Vaccination report Assam 1896-1927 - 1896-1927
Year: 1896
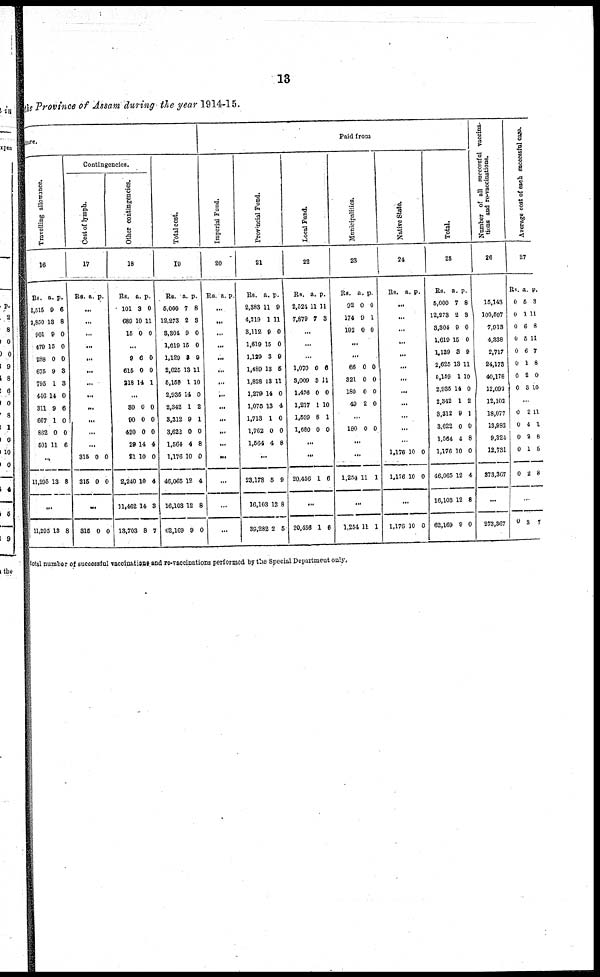
13
the Province of Assam during the year 1914-15.
diture
Travelling allowance.
16
Rs.
2,515
1,850
901
479
288
675
795
446
311
667
862
501
a.
9
13
9
15
0
9
1
14
9
1
0
11
p.
6
8
0
0
0
3
3
0
6
0
0
6
...
11,295 13 8
...
11,295 18 8
Contingencies.
Cost of lymph.
17
Rs. a. p.
...
...
...
...
...
...
...
...
...
...
...
...
315
315
0
0
0
0
...
315 0 0
Other contingencies.
18
RS.
101
689
15
a.
3
10
0
p.
0
11
0
...
9
615
218
6
0
14
0
0
1
...
30
90
420
29
21
2,240
11,462
13,703
0
0
0
14
10
10
14
8
0
0
0
4
0
4
3
7
Total cost.
19
Rs.
5,000
12,273
3,304
1,619
1,129
2,625
5,159
2,935
2,342
3,312
3,622
1,564
1,176
46,065
16,103
62,169
a.
7
2
9
15
3
13
1
14
1
9
0
4
10
12
12
9
p.
8
3
0
0
9
11
10
0
2
1
0
8
0
4
8
0
Paid from
Imperial Fund.
20
Rs. a. p.
...
...
...
...
...
...
...
...
...
...
...
...
...
...
...
...
Provincial Fund.
21
Rs.
2,383
4,219
3,112
1,619
1,129
1,489
1,828
1,279
1,075
1,713
1,762
1,564
a.
11
1
9
15
3
13
13
14
13
1
0
4
p.
9
11
0
0
9
5
11
0
4
0
0
8
...
23,178
16,103
39,282
5
12
2
9
8
5
Local Fund.
22
Rs.
2,524
7,879
a.
11
7
p.
11
3
...
...
...
1,070
3,009
1,476
1,217
1,599
1,680
0
3
0
1
8
0
6
11
0
10
1
0
...
...
20,456 1 6
...
20,456 1 6
Municipalities.
23
Rs.
92
174
192
a.
0
0
0
p.
0
1
0
...
...
66
321
180
49
0
0
0
2
0
0
0
0
...
180 0 0
...
...
1,254 11 1
...
1,254 11 1
Native State.
24
Rs. a. p.
...
...
...
...
...
...
...
...
...
...
...
...
1,176
1,176
10
10
0
0
...
1,176 10 0
Total.
25
Rs.
5,000
12,273
3,304
1,619
1,129
2,625
5,159
2,935
2,342
3,312
3,622
1,564
1,176
46,065
16,103
62,169
a.
7
2
9
15
3
13
1
14
1
9
0
4
10
12
12
9
p.
8
3
0
0
9
11
10
0
2
1
0
8
0
4
8
0
N umber of all successful vaccina-
tions and re-vaccinations.
26
15,143
100,597
7,913
4,338
2,717
24,173
40,178
12,092
12,102
18,077
13,982
9,324
12,731
273,367
...
273,367
Average cost of each successful case.
27
Rs.
0
0
0
0
0
0
0
0
a.
5
1
6
5
6
1
2
8
p.
3
11
8
11
7
8
0
10
...
0
0
0
0
0
2
4
2
1
2
11
1
8
5
8
...
0 3 7
total number of successful vaccinations and re-vaccinations performed by the Special Department only.